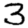
Digit: 3